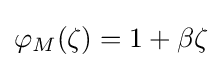
\varphi _{M}(\zeta )=1+\beta \zeta